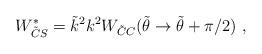
LaTeX: \begin{align*}W^*_{\tilde C S} = \tilde k^2 k^2 W_{\tilde C C}(\tilde \theta \rightarrow \tilde \theta +\pi/2)~,\end{align*}